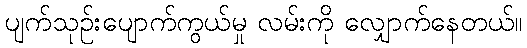
ပျက်သုဉ်းပျောက်ကွယ်မှု လမ်းကို လျှောက်နေတယ်။